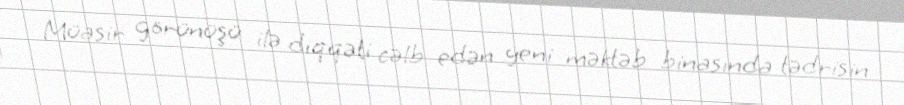
Müasir görünüşü ilə diqqəti cəlb edən yeni məktəb binasında tədrisin